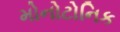
મોનોટોનિક